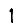
Digit: 1